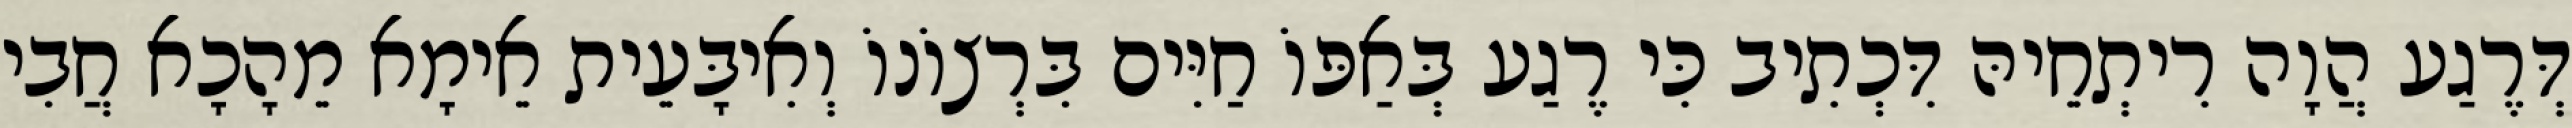
דְּרֶגַע הֲוָה רִיתְחֵיהּ דִּכְתִיב כִּי רֶגַע בְּאַפּוֹ חַיִּים בִּרְצוֹנוֹ וְאִיבָּעֵית אֵימָא מֵהָכָא חֲבִי